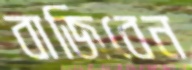
বাজিবেন